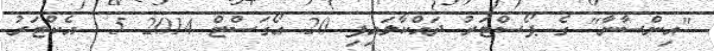
"އިންސާނާ" ގެ ޕޯސްޓަރު ދައްކާލައިފި 20 އޯގަސްޓް 2014 5  އެކްޓަރު